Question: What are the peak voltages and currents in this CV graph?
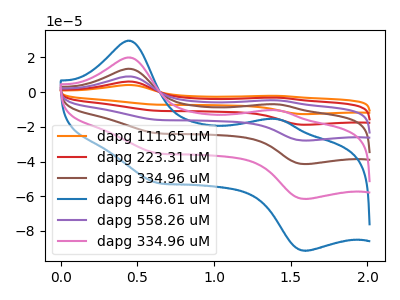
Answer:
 <answer>The orange curve "dapg 111.65 uM" has anodic peaks at (0.45V, 99.80uA) (1.40V, -52.10uA) and cathodic peaks at (0.60V, -175.75uA) (1.60V, -307.90uA). The red curve "dapg 223.31 uM" has anodic peaks at (0.45V, 79.85uA) (1.40V, -41.70uA) and cathodic peaks at (0.60V, -140.60uA) (1.60V, -246.30uA). The brown curve "dapg 334.96 uM" has anodic peaks at (0.45V, 39.90uA) (1.40V, -20.85uA) and cathodic peaks at (0.60V, -70.30uA) (1.60V, -123.15uA). The blue curve "dapg 446.61 uM" has anodic peaks at (0.45V, 29.65uA) (1.40V, -15.45uA) and cathodic peaks at (0.60V, -52.15uA) (1.60V, -91.40uA). The purple curve "dapg 558.26 uM" has anodic peaks at (0.45V, 59.90uA) (1.40V, -31.25uA) and cathodic peaks at (0.60V, -105.45uA) (1.60V, -184.75uA). The pink curve "dapg 334.96 uM" has anodic peaks at (0.45V, 19.95uA) (1.40V, -10.40uA) and cathodic peaks at (0.60V, -35.15uA) (1.60V, -61.60uA).</answer>
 <eval></eval>